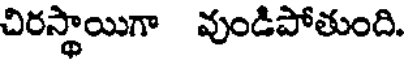
చిరస్థాయిగా వుండిపోతుంది.